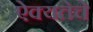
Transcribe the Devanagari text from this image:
ऐक्यतेचे